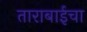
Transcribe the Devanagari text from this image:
ताराबाईचा